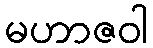
မဟာဇဝါ